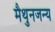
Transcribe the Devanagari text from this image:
मैथुनजन्य